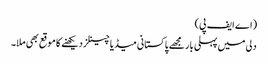
(اے ایف پی)
دلی میں پہلی بار مجھے پاکستانی میڈیا چینلز دیکھنے کا موقع بھی ملا۔